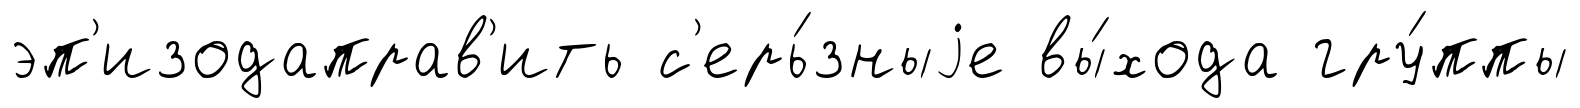
эп'изодаправ'ить с'ерь́зныjе вы́хода гру́ппы